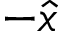
- \hat { x }